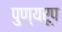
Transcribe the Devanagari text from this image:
पुण्यरूप